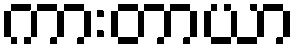
ကားတာယာ